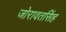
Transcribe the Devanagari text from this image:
जोरावतसिंह